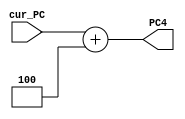
`timescale 1ns / 1ps
//////////////////////////////////////////////////////////////////////////////////
// Company: 
// Engineer: 
// 
// Design Name: 
// Module Name: PCadder
// Project Name: 
// Target Devices: 
// Tool Versions: 
// Description: 
// 
// Dependencies: 
// 
// Revision:
// Revision 0.01 - File Created
// Additional Comments:
// 
//////////////////////////////////////////////////////////////////////////////////


module PCadder(
    input [31:0] cur_PC,
    output reg [31:0] PC4
    );
    always @(cur_PC) begin
        PC4 = cur_PC + 4;
    end
endmodule